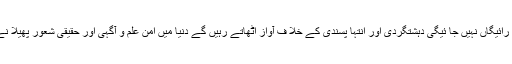
انہو ں نے کاکہاآرمی پبلک سکول کے بچوں کی لازوال قربانی کبھی رائیگاں نہیں جا ئیگی دہشتگردی اور انتہا پسندی کے خلا ف آواز اٹھاتے رہیں گے دنیا میں امن علم و آگہی اور حقیقی شعور پھیلا نے کے لیے ہر فرد کو انفرادی سطح پر اپنا موئثر کردار ادا کرنا ہو گا۔